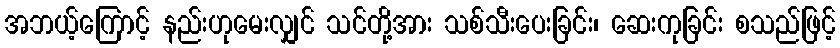
အဘယ့်ကြောင့် နည်းဟုမေးလျှင် သင်တို့အား သစ်သီးပေးခြင်း၊ ဆေးကုခြင်း စသည်ဖြင့်